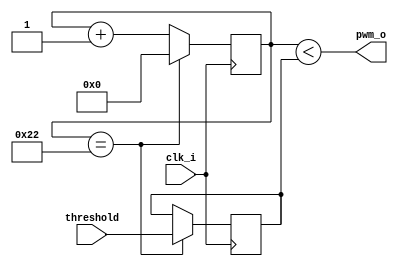
// Generated by MyHDL 0.11


`timescale 1ns/10ps

module pwm_glitchless (
    clk_i,
    pwm_o,
    threshold
);


input clk_i;
output pwm_o;
wire pwm_o;
input [7:0] threshold;

reg [7:0] threshold_r;
reg [7:0] cnt;



always @(posedge clk_i) begin: PWM_GLITCHLESS_LOC_INSTS_CHUNK_INSTS_0
    cnt <= (cnt + 1);
    if (($signed({1'b0, cnt}) == (227 - 1))) begin
        cnt <= 0;
        threshold_r <= threshold;
    end
end



assign pwm_o = (cnt < threshold_r);

endmodule